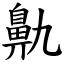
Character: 鼽